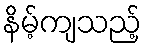
နိမ့်ကျသည့်